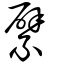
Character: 繴